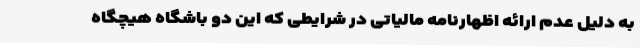
به دلیل عدم ارائه اظهارنامه مالیاتی در شرایطی که این دو باشگاه هیچگاه